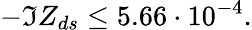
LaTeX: -\Im Z_{ds}\le 5.66\cdot 10^{-4}.